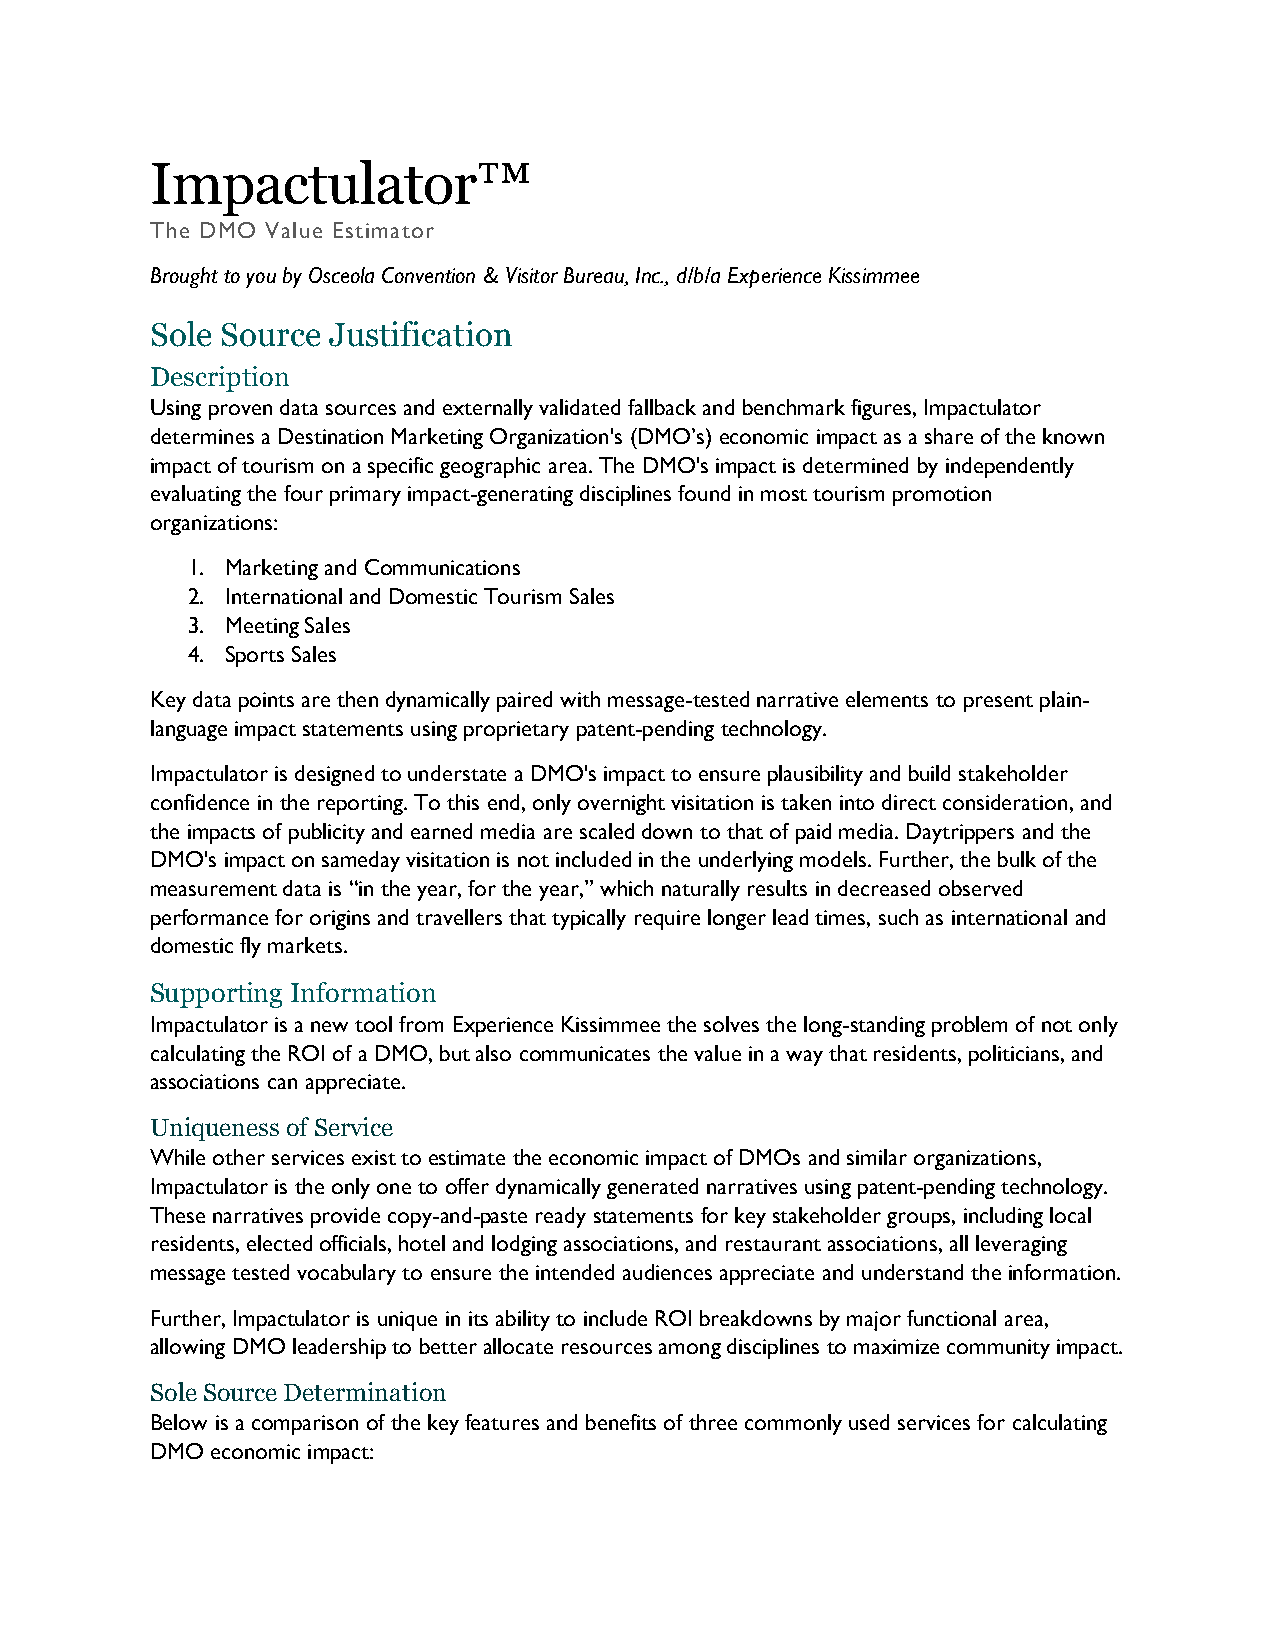
Impactulator™
 The DMO Value Estimator
 Brought to you by Osceola Convention & Visitor Bureau, Inc., d/b/a Experience Kissimmee
 Sole Source Justification
 Description
 Using proven data sources and externally validated fallback and benchmark figures, Impactulator
 determines a Destination Marketing Organization's (DMO’s) economic impact as a share of the known
 impact of tourism on a specific geographic area. The DMO's impact is determined by independently
 evaluating the four primary impact-generating disciplines found in most tourism promotion
 organizations:
 1. Marketing and Communications
 2. International and Domestic Tourism Sales
 3. Meeting Sales
 4. Sports Sales
 Key data points are then dynamically paired with message-tested narrative elements to present plain-
 language impact statements using proprietary patent-pending technology.
 Impactulator is designed to understate a DMO's impact to ensure plausibility and build stakeholder
 confidence in the reporting. To this end, only overnight visitation is taken into direct consideration, and
 the impacts of publicity and earned media are scaled down to that of paid media. Daytrippers and the
 DMO's impact on sameday visitation is not included in the underlying models. Further, the bulk of the
 measurement data is “in the year, for the year,” which naturally results in decreased observed
 performance for origins and travellers that typically require longer lead times, such as international and
 domestic fly markets.
 Supporting Information
 Impactulator is a new tool from Experience Kissimmee the solves the long-standing problem of not only
 calculating the ROI of a DMO, but also communicates the value in a way that residents, politicians, and
 associations can appreciate.
 Uniqueness of Service
 While other services exist to estimate the economic impact of DMOs and similar organizations,
 Impactulator is the only one to offer dynamically generated narratives using patent-pending technology.
 These narratives provide copy-and-paste ready statements for key stakeholder groups, including local
 residents, elected officials, hotel and lodging associations, and restaurant associations, all leveraging
 message tested vocabulary to ensure the intended audiences appreciate and understand the information.
 Further, Impactulator is unique in its ability to include ROI breakdowns by major functional area,
 allowing DMO leadership to better allocate resources among disciplines to maximize community impact.
 Sole Source Determination
 Below is a comparison of the key features and benefits of three commonly used services for calculating
 DMO economic impact: